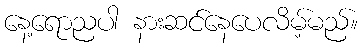
နေ့ရောညပါ နားဆင်နေပေလိမ့်မည်။